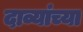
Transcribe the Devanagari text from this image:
दाव्यांच्या